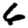
Digit: 6